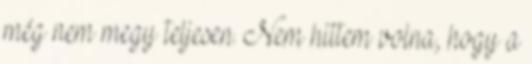
még nem megy teljesen. Nem hittem volna, hogy a